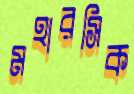
মহারসিক